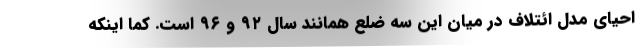
احیای مدل ائتلاف در میان این سه ضلع همانند سال ۹۲ و ۹۶ است. کما اینکه